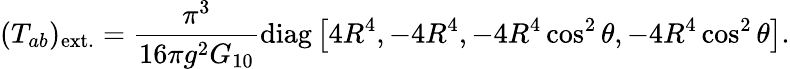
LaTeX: (T_{ab})_{\mathrm{ext.}}=\frac{\pi^{3}}{16\pi g^{2}G_{10}}\mathrm{diag}\left[4R^{4},-4R^{4},-4R^{4}\cos^{2}\theta,-4R^{4}\cos^{2}\theta\right].